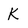
Character: K